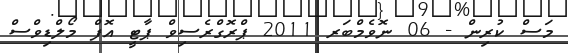
މަސް ކުރިން - 06 ނޮވެމްބަރ 2011 ޕްރޮގްރެސިވް ޕާޓީ އޮފް މޯލްޑިވްސް